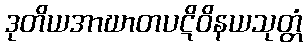
ဒုတိယအာဃာတပဋိဝိနယသုတ္တံ